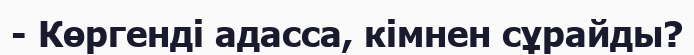
- Көргенді адасса, кімнен сұрайды?